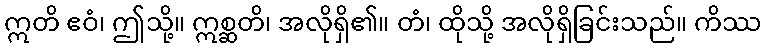
ဣတိ ဧဝံ၊ ဤသို့။ ဣစ္ဆတိ၊ အလိုရှိ၏။ တံ၊ ထိုသို့ အလိုရှိခြင်းသည်။ ကိဿ